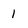
Character: 1